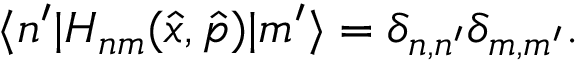
\begin{array} { r } { \langle n ^ { \prime } | H _ { n m } ( \hat { x } , \hat { p } ) | m ^ { \prime } \rangle = \delta _ { n , n ^ { \prime } } \delta _ { m , m ^ { \prime } } . } \end{array}